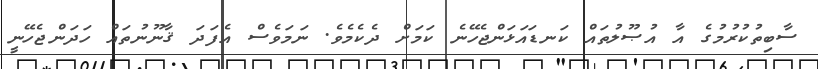
ސާބިތުކުރުމުގެ އާ އުޞޫލުތައް ކަނޑައަޅަންޖެހޭނެ ކަމަށް ދެކެމެވެ. ނަމަވެސް އެފަދަ ޤާނޫނުތައް ހަދަންޖެހޭނީ